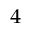
_ 4